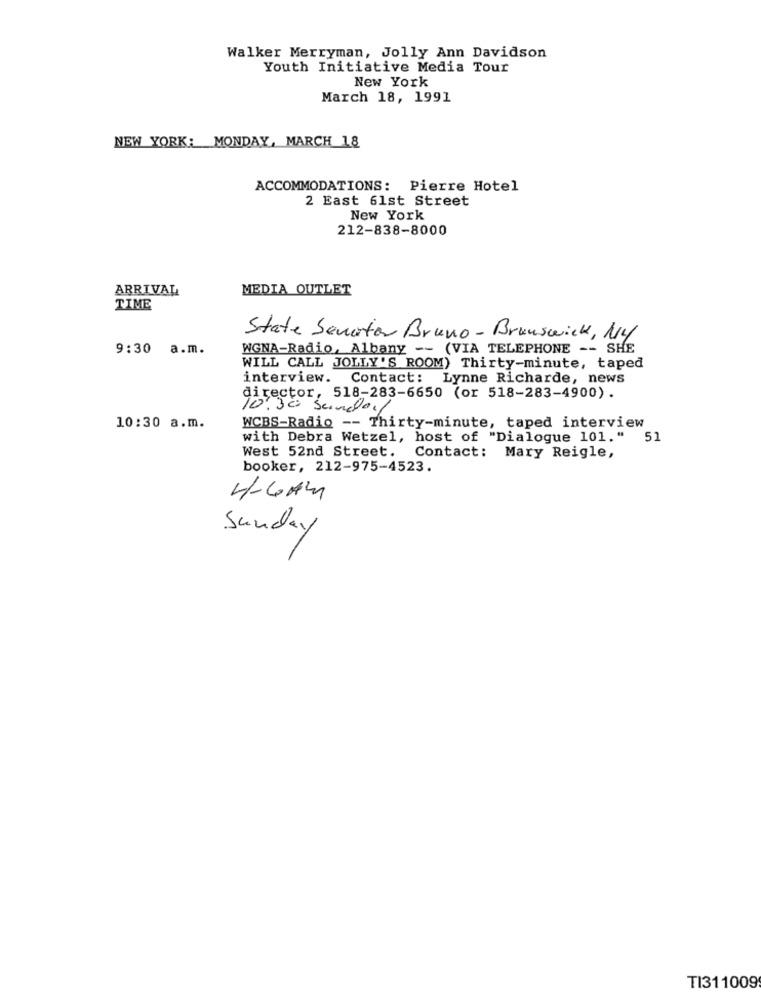
Walker Merryman, Jolly Ann Davidson
Youth Initiative Media Tour
New York
March 18, 1991
NEW YORK: MONDAY, MARCH 18
ACCOMMODATIONS: Pierre Hotel
2 East 61st Street
New York
212-838-8000
ARRIVAL
MEDIA OUTLET
TIME
State Senator Bruno - Brunswick, NY
9:30 a.m.
WGNA-Radio, Albany -- (VIA TELEPHONE -- SHE
WILL CALL JOLLY'S ROOM) Thirty-minute, taped
interview. Contact: Lynne Richarde, news
director, 518-283-6650 (or 518-283-4900).
2.30 Sunday
10:30 a.m.
WCBS-Radio -- Thirty-minute, taped interview
with Debra Wetzel, host of "Dialogue 101." 51
West 52nd Street. Contact: Mary Reigle,
booker, 212-975-4523.
4-4 AM
Sunday
TI311009